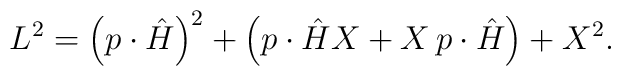
L^2=\left(p\cdot\hat{H}\right)^2+       \left(p\cdot\hat{H}X+X\,p\cdot\hat{H}\right)+X^2.